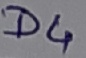
Text: D4